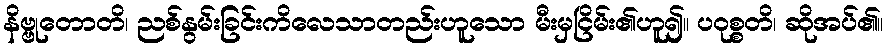
နိဗ္ဗုတောတိ၊ ညစ်နွမ်းခြင်းကိလေသာတည်းဟူသော မီးမှငြိမ်း၏ဟူ၍။ ပဝုစ္စတိ၊ ဆိုအပ်၏။